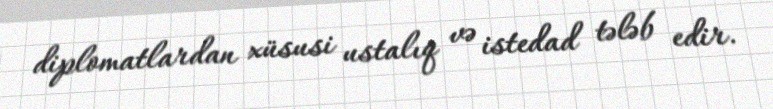
diplomatlardan xüsusi ustalıq və istedad tələb edir.